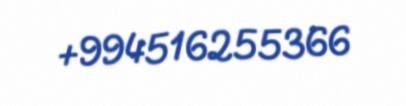
+994516255366